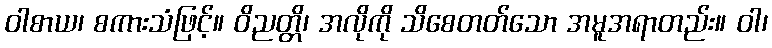
ဝါစာယ၊ စကားသံဖြင့်။ ဝိညတ္တိ၊ အလိုကို သိစေတတ်သော အမူအရာတည်း။ ဝါ၊